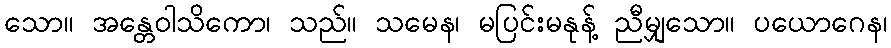
သော။ အန္တေဝါသိကော၊ သည်။ သမေန၊ မပြင်းမနုန့် ညီမျှသော။ ပယောဂေန၊